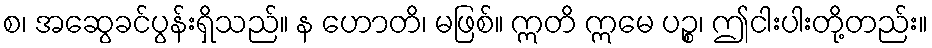
စ၊ အဆွေခင်ပွန်းရှိသည်။ န ဟောတိ၊ မဖြစ်။ ဣတိ ဣမေ ပဉ္စ၊ ဤငါးပါးတို့တည်း။